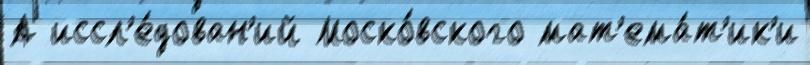
А иссл'е́дован'ий Моско́вского мат'ема́т'ик'и